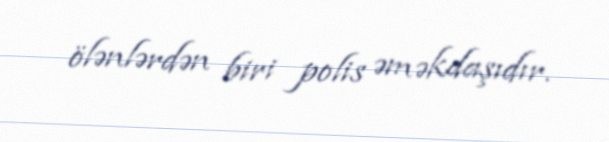
ölənlərdən biri polis əməkdaşıdır.